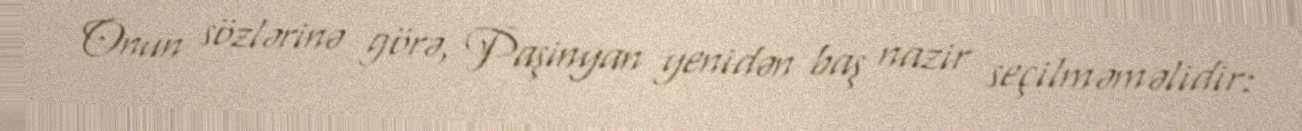
Onun sözlərinə görə, Paşinyan yenidən baş nazir seçilməməlidir: